Document type: Sale
Year: 1355
Scribe: Pere Borrell
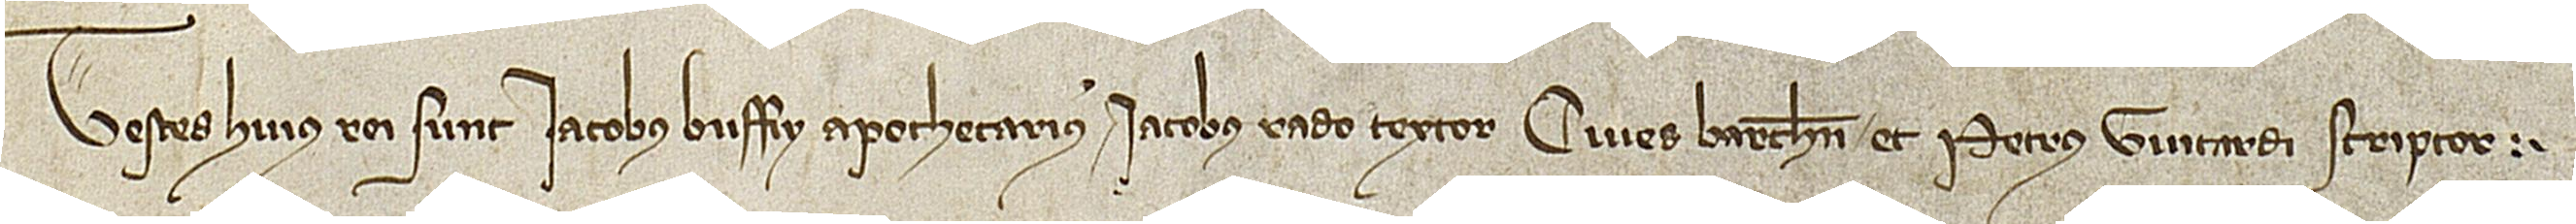
Testes huius rei sunt: Iacobus Buffy, apotecharius, Iacobus Rado, textor, cives Barchinone, et Petrus Guitardi, scriptor.